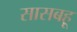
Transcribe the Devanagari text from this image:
सासबहू